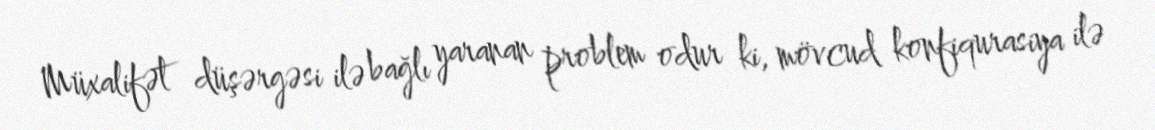
Müxalifət düşərgəsi ilə bağlı yaranan problem odur ki, mövcud konfiqurasiya ilə